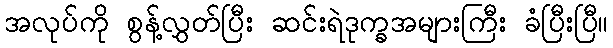
အလုပ်ကို စွန့်လွှတ်ပြီး ဆင်းရဲဒုက္ခအများကြီး ခံပြီးပြီ။